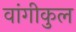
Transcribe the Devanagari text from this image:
वांगीकुल